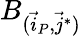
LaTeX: B_{(\vec{i}_{P},\vec{j}^{*})}